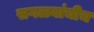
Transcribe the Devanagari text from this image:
सगळ्यांचीच